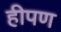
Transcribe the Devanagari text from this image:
हीपण